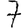
Digit: 7